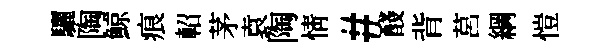
驪陶鯨痕軺茅袁陶情#醆背莒綱愷